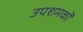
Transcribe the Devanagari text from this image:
उपशमकों